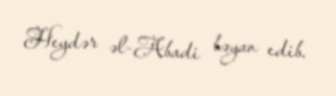
Heydər əl-Abadi bəyan edib.